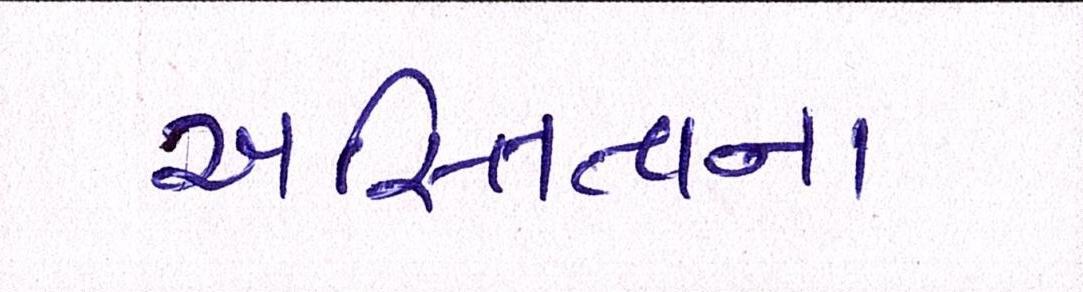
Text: અસ્તિત્વના